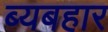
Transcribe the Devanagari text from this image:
ब्यबहार